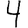
Digit: 4